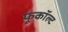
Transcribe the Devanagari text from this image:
फूकॉल्ट